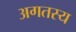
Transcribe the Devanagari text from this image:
अगतस्य